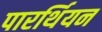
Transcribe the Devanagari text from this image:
पारर्थियन